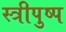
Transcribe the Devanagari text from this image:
स्त्रीपुष्प